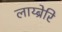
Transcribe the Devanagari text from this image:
लाय्ब्रेरि